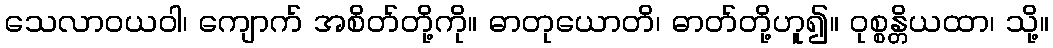
သေလာဝယဝါ၊ ကျောက် အစိတ်တို့ကို။ ဓာတုယောတိ၊ ဓာတ်တို့ဟူ၍။ ဝုစ္စန္တိယထာ၊ သို့။